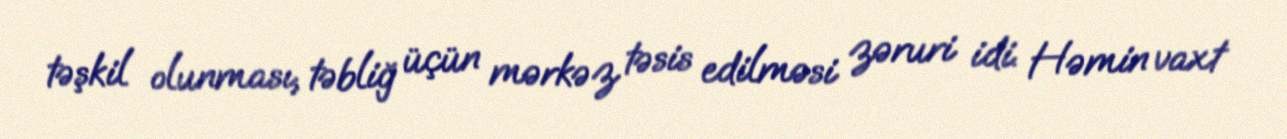
təşkil olunması, təbliğ üçün mərkəz təsis edilməsi zəruri idi. Həmin vaxt